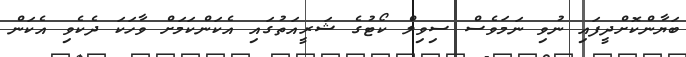
ބަޔާންކޮށްދީފައި ނުވި ނަމަވެސް ސިވިލް ކޯޓުގެ ޝަރީއަތުގައި އެކަންކަމަށް ވާހަކަ ދެކެވި އެކަން